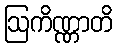
ဩကိဏ္ဏာတိ